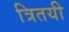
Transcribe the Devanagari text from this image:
त्रितयी